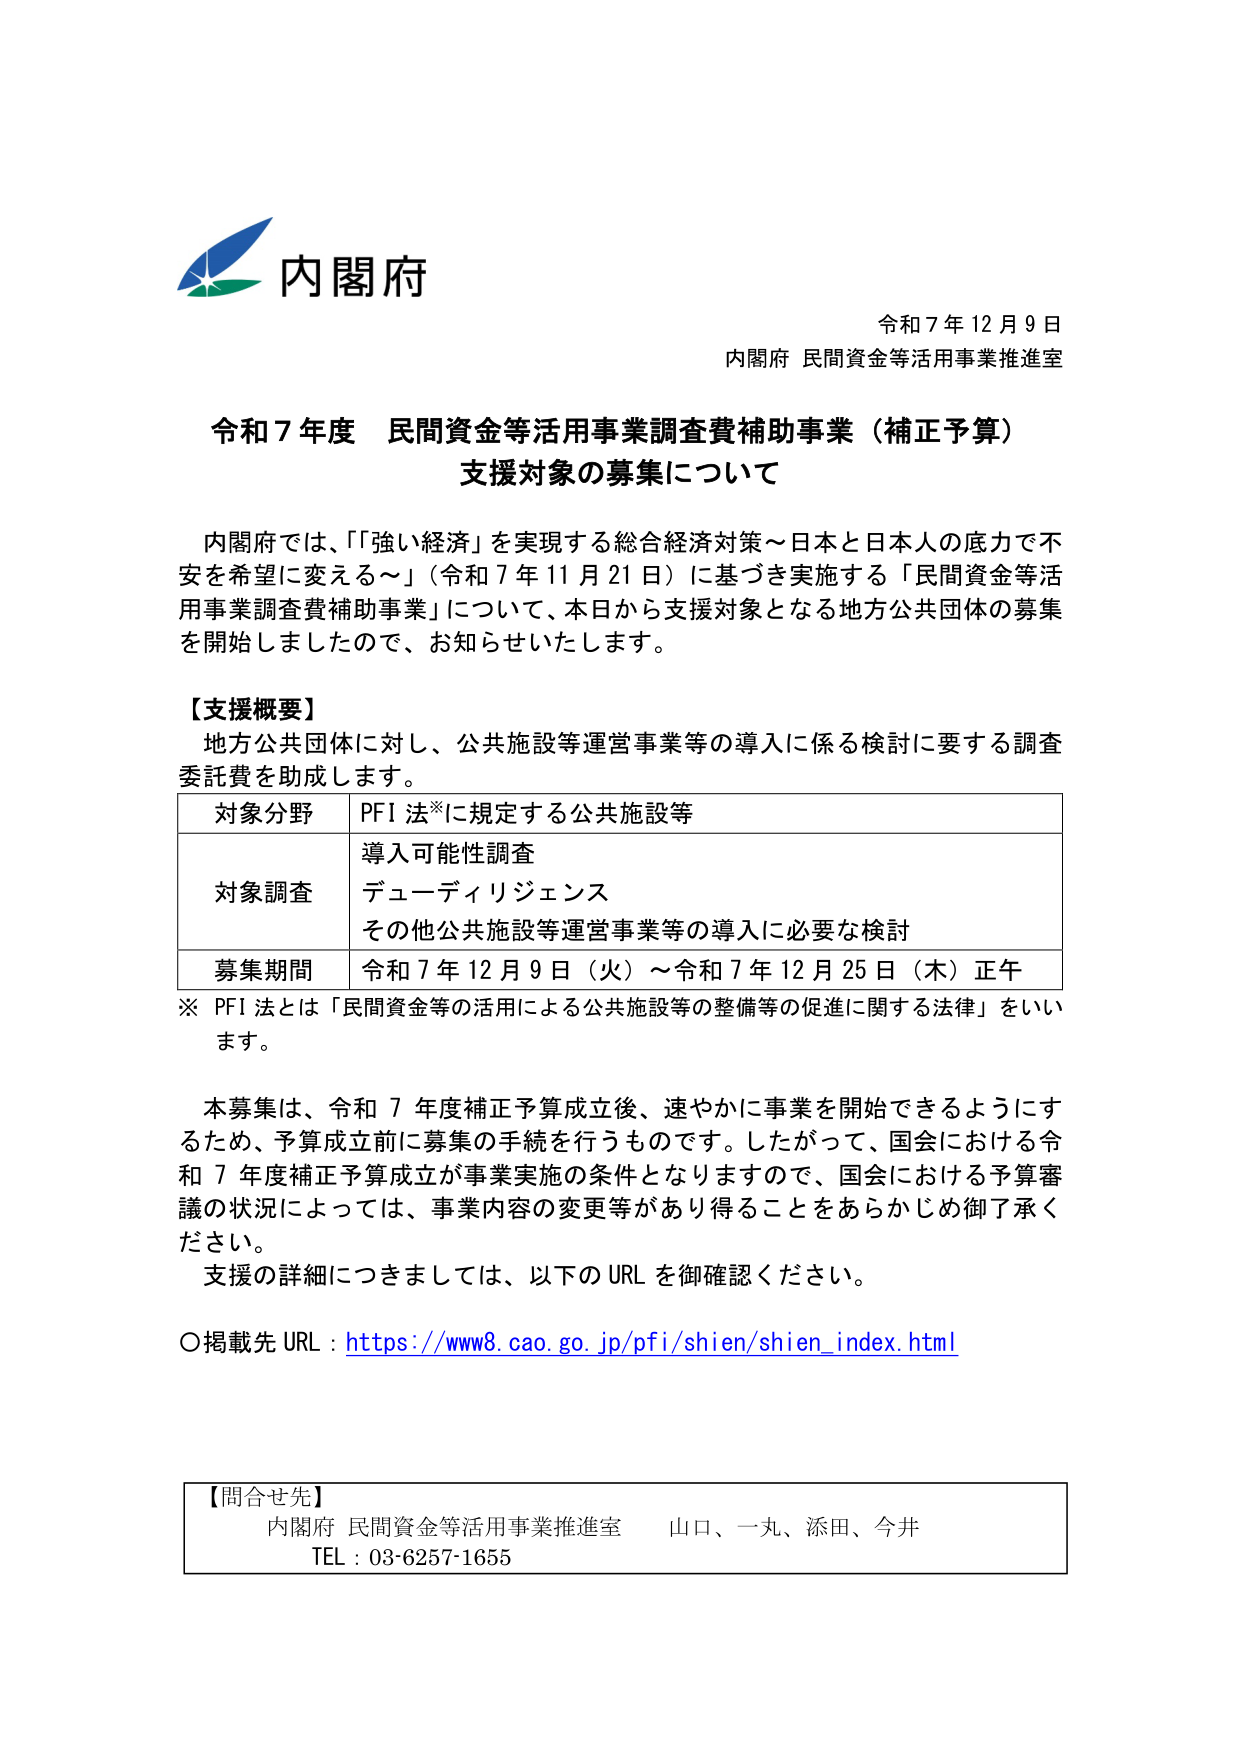
内閣府
令和７年１２月９日
内閣府 民間資金等活用事業推進室

令和７年度 民間資金等活用事業調査費補助事業（補正予算）
支援対象の募集について

内閣府では、「『強い経済』を実現する総合経済対策～日本と日本人の底力で不安を希望に変える～」（令和７年１１月２１日）に基づき実施する「民間資金等活用事業調査費補助事業」について、本日から支援対象となる地方公共団体の募集を開始しましたので、お知らせいたします。

【支援概要】
地方公共団体に対し、公共施設等運営事業等の導入に係る検討に要する調査委託費を助成します。

| 対象分野 | PFI 法※に規定する公共施設等 |
|----------|------------------------------|
| 対象調査 | 導入可能性調査<br>デューディリジェンス<br>その他公共施設等運営事業等の導入に必要な検討 |
| 募集期間 | 令和７年１２月９日（火）～令和７年１２月２５日（木）正午 |

※ PFI 法とは「民間資金等の活用による公共施設等の整備等の促進に関する法律」をいいます。

本募集は、令和７年度補正予算成立後、速やかに事業を開始できるようにするため、予算成立前に募集の手続を行うものです。したがって、国会における令和７年度補正予算成立が事業実施の条件となりますので、国会における予算審議の状況によっては、事業内容の変更等があり得ることをあらかじめ御了承ください。

支援の詳細につきましては、以下のURLを御確認ください。

○掲載先 URL：https://www8.cao.go.jp/pfi/shien/shien_index.html

【問合せ先】
内閣府 民間資金等活用事業推進室　山口、一丸、添田、今井
TEL：03-6257-1655